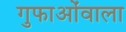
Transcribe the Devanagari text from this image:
गुफाओंवाला